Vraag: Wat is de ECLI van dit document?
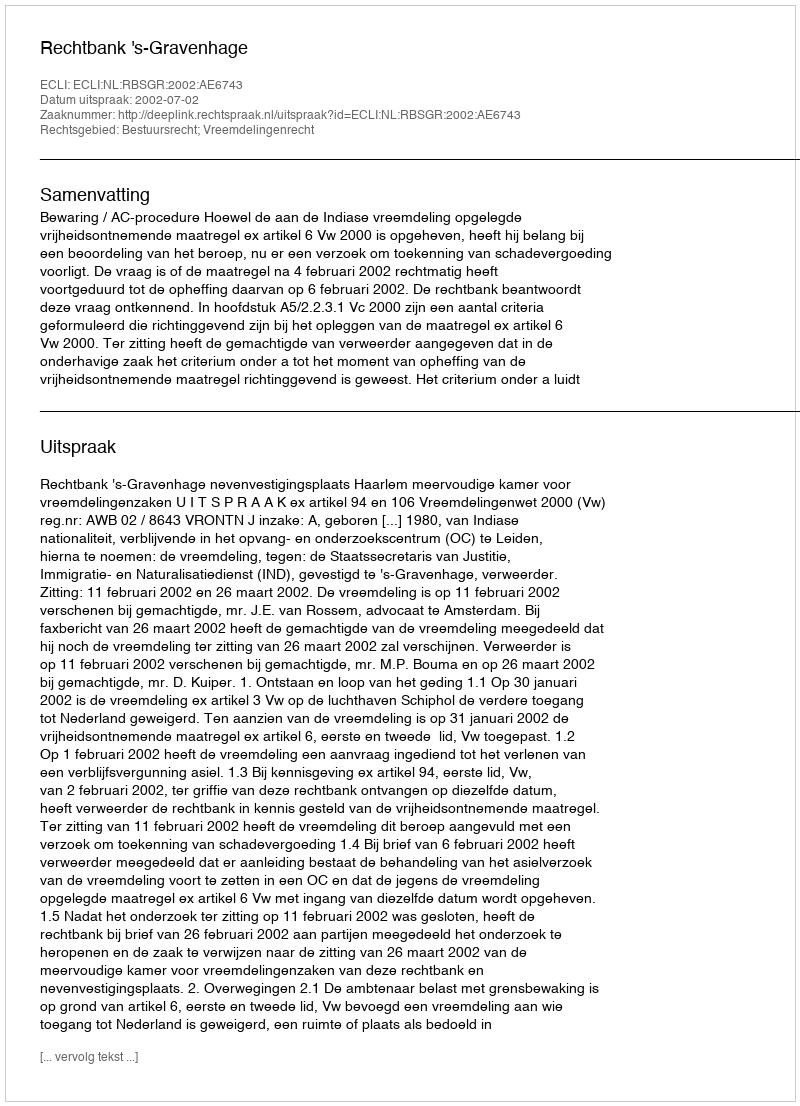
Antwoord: ECLI:NL:RBSGR:2002:AE6743